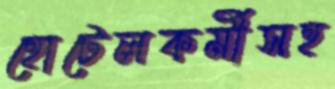
হোটেলকর্মীসহ